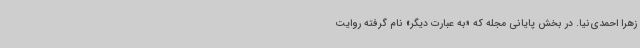
زهرا احمدی‌نیا. در بخش پایانی مجله که «به عبارت دیگر» نام گرفته روایت